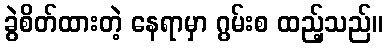
ခွဲစိတ်ထားတဲ့ နေရာမှာ ဂွမ်းစ ထည့်သည်။